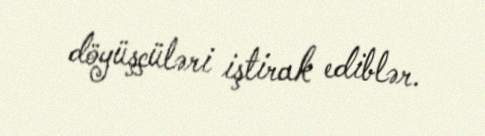
döyüşçüləri iştirak ediblər.